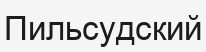
Пильсудский